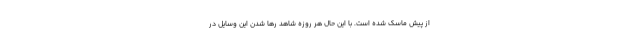
از ‌پیش ماسک شده است. با این حال هر روزه شاهد رها شدن این وسایل در